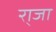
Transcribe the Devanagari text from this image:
रा्जा